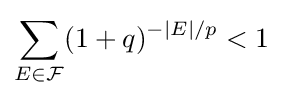
\sum _{E\in {\mathcal {F}}}(1+q)^{-|E|/p}<1